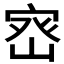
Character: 𭓽